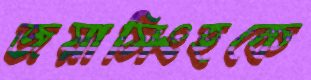
জয়াসিংহকে